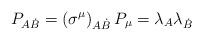
LaTeX: \begin{align*}P_{A\dot{B}} = \left(\sigma^{\mu}\right)_{A\dot{B}} P_{\mu} = \lambda_{A}\lambda_{\dot{B}}\end{align*}